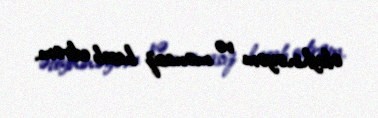
əleyhinəyəm və mənasız hesab edirəm.